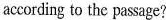
according to the passage?